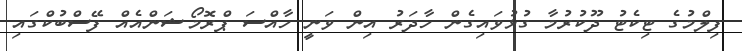
ފިލްމުގެ ޓިކެޓު ދޫކުރުމާ ގުޅުވައިގެން ހާދަރު އިން ވަނީ ހާއްސަ ޕްރޮމޯޝަންއެއް ފޭސްބުކްގައި